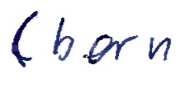
Text: (born
Cross-out: clean
Writing tool: ballpoint